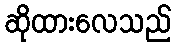
ဆိုထားလေသည်